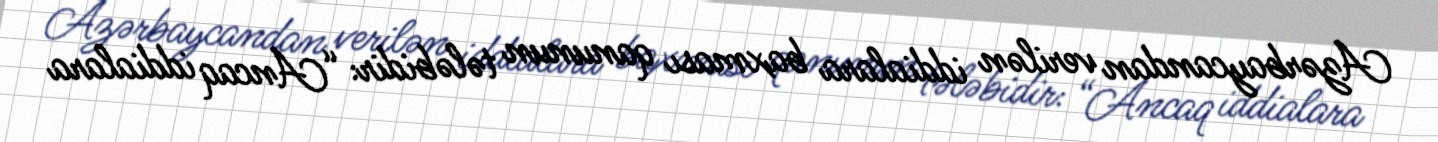
Azərbaycandan verilən iddialara baxması qanunun tələbidir: “Ancaq iddialara